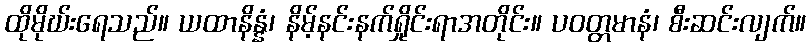
ထိုမိုဃ်းရေသည်။ ယထာနိန္နံ၊ နိမ့်နင်းနက်ရှိုင်းရာအတိုင်း။ ပဝတ္တမာနံ၊ စီးဆင်းလျက်။